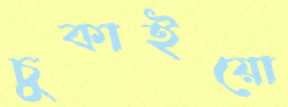
চুকাইয়ো